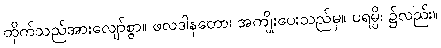
ထိုက်သည်အားလျော်စွာ။ ဖလဒါနတော၊ အကျိုးပေးသည်မှ။ ပရမ္ပိ၊ ၌လည်း။